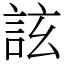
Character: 詃